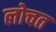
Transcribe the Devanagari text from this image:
लोचत